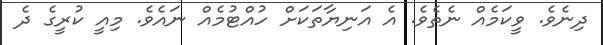
ދިނެވެ. ވީކަމެއް ނެތެވެ. އެ އަނިޔާތަކަށް ހުއްޓުމެއް ނައެވެ. މިއީ ކުރީގެ ދެ